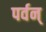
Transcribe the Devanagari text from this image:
पर्वन्